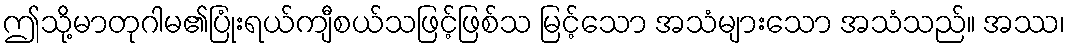
ဤသို့မာတုဂါမ၏ပြုံးရယ်ကျီစယ်သဖြင့်ဖြစ်သ မြင့်သော အသံများသော အသံသည်။ အဿ၊